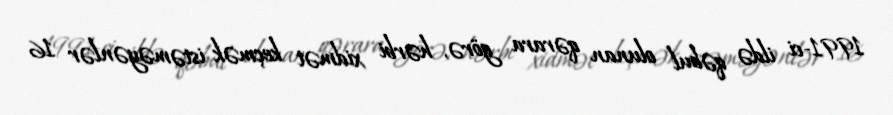
1991-ci ildə qəbul olunan qərara görə, hərbi xidmət keçmək istəməyənlər 16